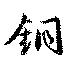
銅